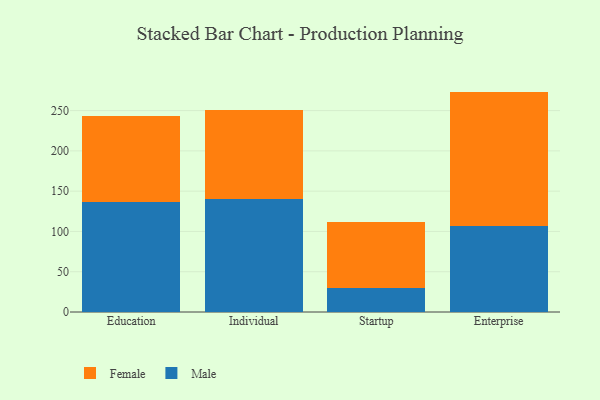
{"axis": {"x": "Segment", "y": "Population (Million)"}, "legend": ["Female", "Male"], "data": [{"x": "Education", "y": 136.6, "type": "Male"}, {"x": "Education", "y": 106.8, "type": "Female"}, {"x": "Individual", "y": 139.9, "type": "Male"}, {"x": "Individual", "y": 110.8, "type": "Female"}, {"x": "Startup", "y": 30.2, "type": "Male"}, {"x": "Startup", "y": 82.0, "type": "Female"}, {"x": "Enterprise", "y": 106.5, "type": "Male"}, {"x": "Enterprise", "y": 167.1, "type": "Female"}]}